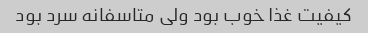
کیفیت غذا خوب بود ولی متاسفانه سرد بود